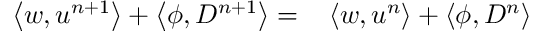
\begin{array} { r l } { \left\langle w , u ^ { n + 1 } \right\rangle + \left\langle \phi , D ^ { n + 1 } \right\rangle = } & { { } \left\langle w , u ^ { n } \right\rangle + \left\langle \phi , D ^ { n } \right\rangle } \end{array}